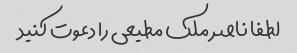
لطفا ناصر ملک مطیعی را دعوت کنید